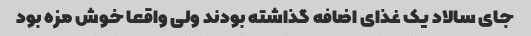
جای سالاد یک غذای اضافه گذاشته بودند ولی واقعا خوش مزه بود